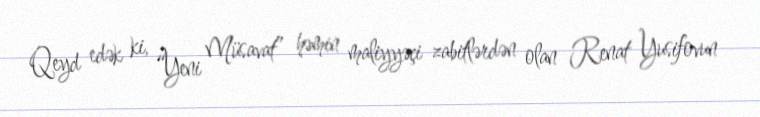
Qeyd edək ki, “Yeni Müsavat” həmin maliyyəçi zabitlərdən olan Renat Yusifovun